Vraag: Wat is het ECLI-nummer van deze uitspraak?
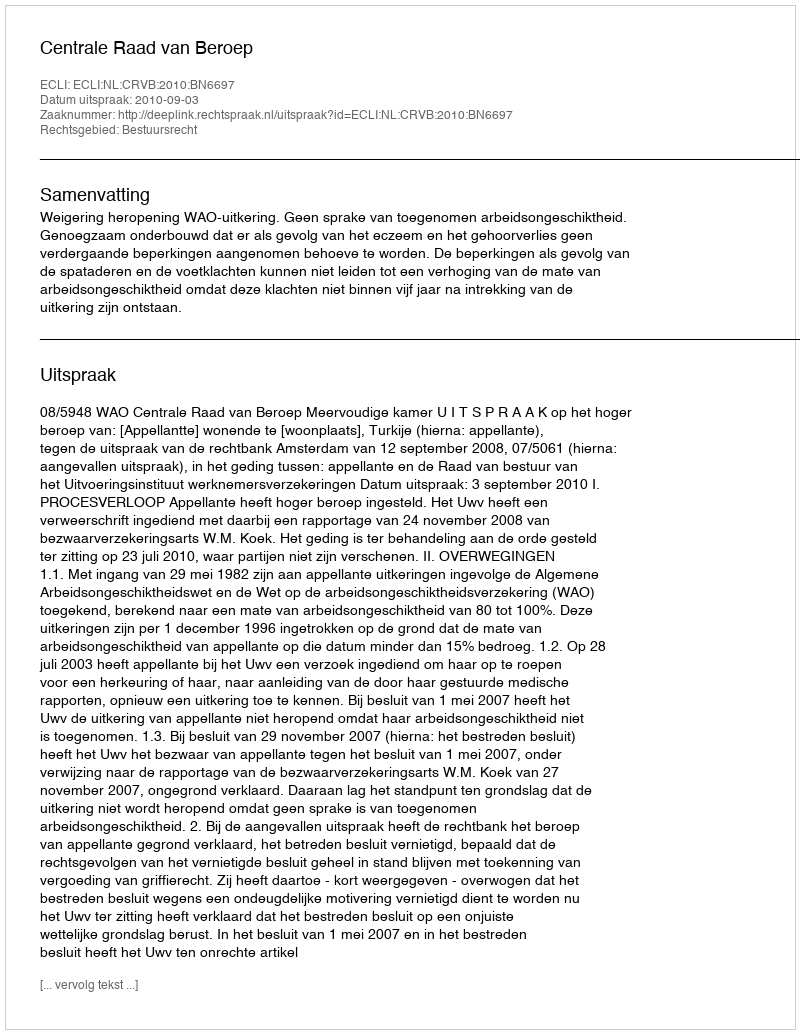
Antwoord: ECLI:NL:CRVB:2010:BN6697